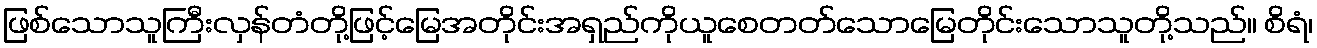
ဖြစ်သောသူကြီးလှန်တံတို့ဖြင့်မြေအတိုင်းအရှည်ကိုယူစေတတ်သောမြေတိုင်းသောသူတို့သည်။ စိရံ၊